Insane asylums in Bengal annual reports 1876-1887 - 1876-1887
Year: 1876
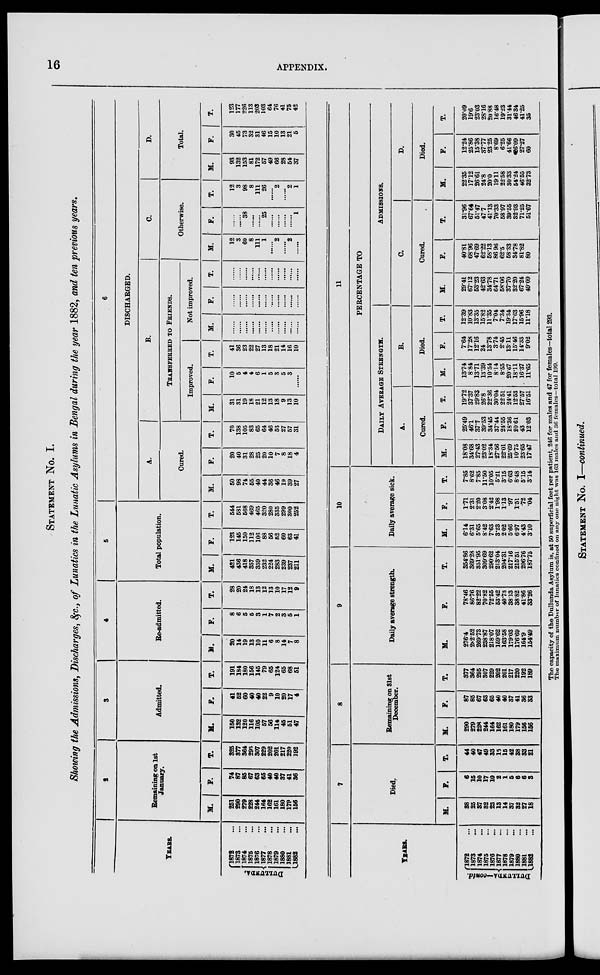
16
APPENDIX.
STATEMENT No. I.
Showing the Admissions, Discharges, &c., of Lunatics in the Lunatic Asylums in Bengal during the year 1882, and ten previous years.
YEARS.
DULLUNDA.
1872 ...
1873 ...
1874 ...
1875 ...
1876 ...
1877 ...
1878 ...
1879 ...
1880 ...
1881 ...
1882 ...
2
Remaining on 1st
January.
M.
251
290
279
228
244
164
162
161
180
179
156
F.
74
87
85
67
63
65
40
40
37
41
36
T.
325
377
364
295
307
229
202
201
217
220
192
3
Admitted.
M.
150
132
120
116
105
57
56
114
45
51
47
F.
41
52
60
40
40
22
9
10
20
17
4
T.
191
184
180
156
145
79
65
124
65
68
51
4
Re-admitted.
M.
20
14
19
13
10
11
6
8
14
7
8
F.
8
6
5
5
3
1
7
2
3
5
1
T.
28
20
24
18
13
12
13
10
17
12
9
5
Total population.
M.
421
436
418
357
359
232
224
283
239
237
211
F.
123
145
150
112
106
88
56
52
60
63
41
T.
544
581
568
469
465
320
280
335
299
300
252
6
DISCHARGED.
A.
Cured.
M.
50
98
74
55
40
44
36
46
19
39
27
F.
20
40
31
28
25
20
10
7
8
18
4
T.
70
138
105
83
65
64
46
53
27
57
31
B.
TRANSFERRED TO FRIENDS.
Improved.
M.
31
31
19
18
21
12
13
18
9
13
10
F.
10
5
4
4
6
1
5
3
5
3
......
T.
41
36
23
22
27
13
18
21
14
16
10
Not improved.
M.
......
......
......
......
......
......
......
......
......
......
......
F.
......
......
......
......
......
......
......
......
......
......
......
T.
......
......
......
......
......
......
......
......
......
......
......
C.
Otherwise.
M.
12
3
60
8
111
1
......
2
......
2
......
F.
......
......
38
......
......
25
......
......
......
......
1
T.
12
3
98
8
111
26
......
2
......
2
1
D.
Total.
M.
93
132
153
81
172
57
49
66
28
54
37
F.
30
45
73
32
31
46
15
10
13
21
5
T.
123
177
226
113
203
103
64
76
41
75
42
YEARS.
DULLUNDA—contd.
1872 ...
1873 ...
1874 ...
1875 ...
1876 ...
1877 ...
1878 ...
1879 ...
1880 ...
1881 ...
1882 ...
7
Died.
M.
38
25
37
32
23
13
14
37
32
27
18
F.
6
15
10
17
10
2
1
5
6
6
3
T.
44
40
47
49
33
15
15
42
38
33
21
8
Remaining on 31st
December.
M.
290
279
228
244
164
162
161
180
179
156
156
F.
87
85
67
63
65
40
40
37
41
36
33
T.
377
364
295
307
229
202
201
217
220
192
189
9
Daily average strength.
M.
276.4
282.52
269.73
238.87
218.07
159.62
163.58
179.03
176.69
164.9
154.49
F.
78.46
86.76
82.22
70.82
72.55
53.42
40.73
38.13
38.82
41.86
33.26
T.
354.86
369.28
351.95
309.69
290.62
213.04
204.31
217.16
215.51
206.76
187.75
10
Daily average sick.
M.
6.14
6.31
5.65
8.42
7.63
3.23
2.02
5.66
6.97
4.43
3.10
F.
1.71
2.31
2.20
3.08
2.42
1.98
1.13
.97
1.51
.72
.04
T.
7.85
8.62
7.85
11.50
10.05
5.21
3.15
6.63
8.48
5.15
3.14
11
PERCENTAGE TO
DAILY AVERAGE STRENGTH.
A.
Cured.
M.
18.08
34.68
27.43
23.02
18.34
27.56
22.01
25.69
10.75
23.65
17.47
F.
25.49
46.1
37.7
39.53
34.45
37.44
24.55
18.36
20.61
43
12.03
T.
19.72
37.37
29.83
26.8
22.36
30.04
22.51
24.41
12.53
27.57
16.51
B.
Died.
M.
13.74
8.84
13.71
13.39
10.54
8.14
8.55
20.67
18.11
16.37
11.65
F.
7.64
17.28
12.16
24
13.78
3.74
2.45
13.11
15.46
14.33
9.02
T.
12.39
10.83
13.35
15.82
11.35
7.04
7.34
19.34
17.63
15.96
11.18
ADMISSIONS.
C.
Cured.
M.
29.41
67.12
53.23
42.63
34.78
64.71
58.06
37.70
32.20
67.24
49.09
F.
40.81
68.96
47.69
62.22
58.13
86.96
62.5
58.33
34.78
81.82
80
T.
31.96
67.64
51.47
47.7
41.13
70.33
58.97
39.55
32.93
71.25
51.67
D.
Died.
M.
22.35
17.12
26.61
24.8
20.0
19.11
22.58
30.33
54.24
46.55
32.73
F.
12.24
25.86
15.38
37.77
23.25
8.69
6.25
41.66
26.09
27.27
60
T.
20.09
19.6
23.03
28.16
20.88
16.48
19.23
31.44
46.34
41.25
35
The capacity of the Dullunda Asylum is, at 50 superficial feet per patient, 246 for males and 47 for females—total 293.
The maximum number of lunatics confined on any one night was 163 males and 36 females—total 199.